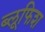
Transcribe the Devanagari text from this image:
ब्लूफिश